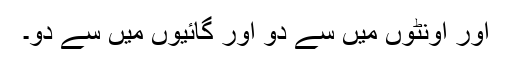
اور اونٹوں میں سے دو اور گائیوں میں سے دو۔